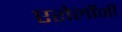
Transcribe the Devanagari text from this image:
एरोलॉजी